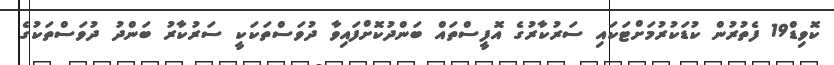
ކޮވިޑް19 ފެތުރުން ކުޑަކުރުމަށްޓަކައި ސަރުކާރުގެ އޮފީސްތައް ބަންދުކޮށްފައިވާ ދުވަސްތަކަކީ ސަރުކާރު ބަންދު ދުވަސްތަކުގެ